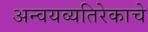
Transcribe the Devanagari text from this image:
अन्वयव्यतिरेकाचे